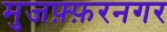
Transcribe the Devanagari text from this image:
मुजफ़्फ़रनगर